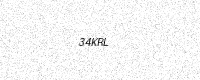
Text: 34KRL